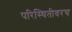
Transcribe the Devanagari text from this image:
परिस्थितीवरच